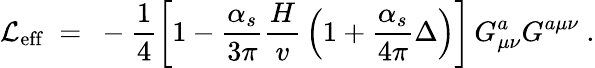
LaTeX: {\cal L}_{\mathrm{eff}}\ =\ -{\frac{1}{4}}\biggl[1-{\frac{\alpha_{s}}{3\pi}}{\frac{H}{v}}\left(1+{\frac{\alpha_{s}}{4\pi}}\Delta\right)\biggr]\, G_{\mu\nu}^{a}G^{a\mu\nu}\ .